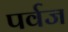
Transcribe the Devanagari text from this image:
पर्वज